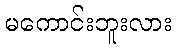
မကောင်းဘူးလား